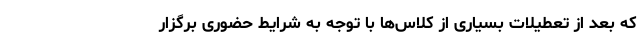
که بعد از تعطیلات بسیاری از کلاس‌ها با توجه به شرایط حضوری برگزار